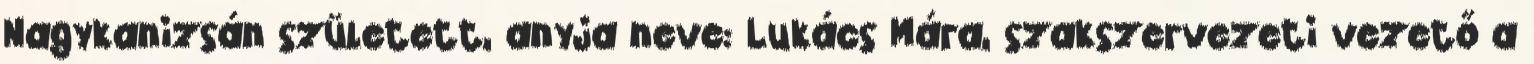
Nagykanizsán született, anyja neve: Lukács Mára, szakszervezeti vezető a